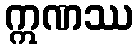
ဣဏဿ